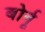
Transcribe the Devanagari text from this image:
बोर्नू